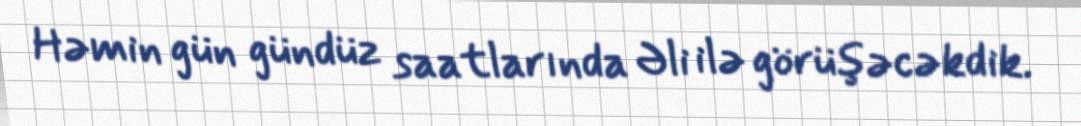
Həmin gün gündüz saatlarında Əli ilə görüşəcəkdik.